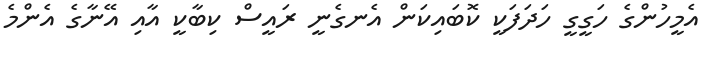
އެމީހުންގެ ހަގީގީ ހަދަފަކީ ކޮބައިކަން އެނގެނީ ރައީސް ކިބާކީ އާއި އޭނާގެ އެންމެ